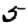
Digit: 5